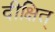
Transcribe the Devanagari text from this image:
दीक्षित्